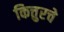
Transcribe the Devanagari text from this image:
कित्तुरचे